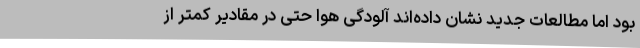
بود اما مطالعات جدید نشان داده‌اند آلودگی هوا حتی در مقادیر کمتر از